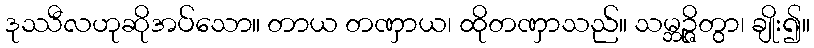
ဒုဿီလဟုဆိုအပ်သော။ တာယ တဏှာယ၊ ထိုတဏှာသည်။ သမ္ဘဉ္ဇိတွာ၊ ချိုး၍။